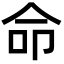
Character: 命